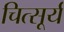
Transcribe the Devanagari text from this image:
चित्सूर्य